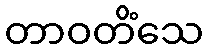
တာဝတိံသေ